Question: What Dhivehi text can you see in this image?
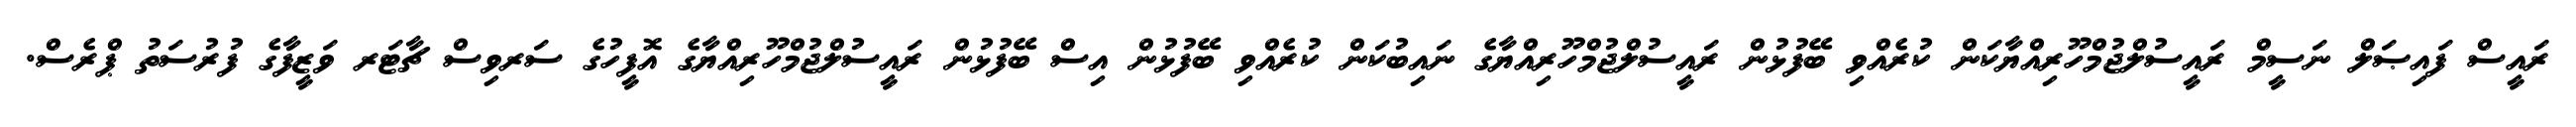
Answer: ރައީސް ފައިޞަލް ނަސީމް ރައީސުލްޖުމްހޫރިއްޔާކަން ކުރެއްވި ބޭފުޅުން ރައީސުލްޖުމްހޫރިއްޔާގެ ނައިބުކަން ކުރެއްވި ބޭފުޅުން އިސް ބޭފުޅުން ރައީސުލްޖުމްހޫރިއްޔާގެ އޮފީހުގެ ސަރވިސް ޗާޓަރ ވަޒީފާގެ ފުރުސަތު ޕްރެސް.